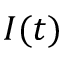
I ( t )